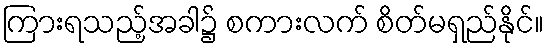
ကြားရသည့်အခါ၌ စကားလက် စိတ်မရှည်နိုင်။